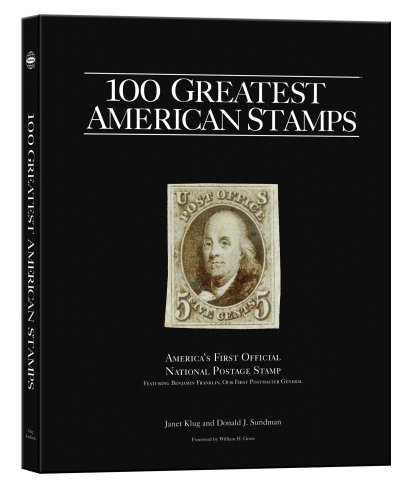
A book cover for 100 Greatest American Stamps; Janet Klug; Crafts, Hobbies & Home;